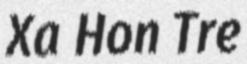
Xa Hon Tre